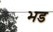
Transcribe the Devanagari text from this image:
भड